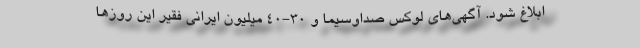
ابلاغ شود. آگهی‌های لوکس صداوسیما و 30-40 میلیون ایرانی فقیر این روزها